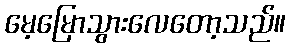
မေ့မြောသွားလေတော့သည်။